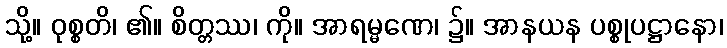
သို့။ ဝုစ္စတိ၊ ၏။ စိတ္တဿ၊ ကို။ အာရမ္မဏေ၊ ၌။ အာနယန ပစ္စုပဋ္ဌာနော၊